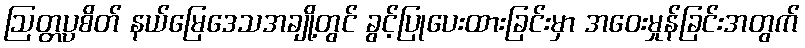
ဩတ္တပ္ပစိတ် နယ်မြေဒေသအချို့တွင် ခွင့်ပြုပေးထားခြင်းမှာ အဝေးမှုန်ခြင်းအတွက်